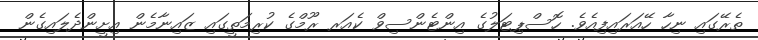
ތެރޭގައި ނިހާ ހޭއަރައިފިއެވެ. ހޮސްޕިޓަލުގެ އިންޓެންސިވް ކެއަރ ރޫމްގެ ކުރިމަތީގައި ޒައިނާމެން އިށީންދެލައިގެން